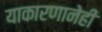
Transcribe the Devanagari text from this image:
याकारणानेही